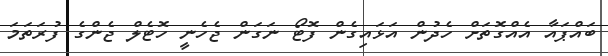
ބައްޕައާ އެއްގޮތަށް ހެދުން އަޅައިގެން ފޮޓޯ ނަގަން ޖެހެނީ ހޮޓެލް ޖެންގެ ފުރަތަމަ